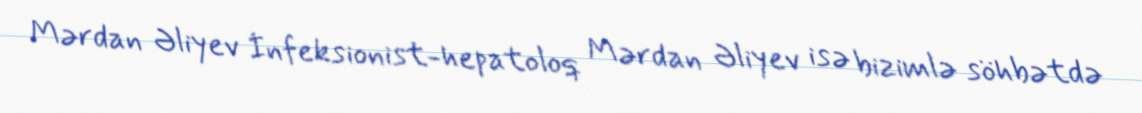
Mərdan Əliyev İnfeksionist-hepatoloq Mərdan Əliyev isə bizimlə söhbətdə